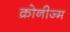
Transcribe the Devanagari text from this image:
क्रोनीज्म